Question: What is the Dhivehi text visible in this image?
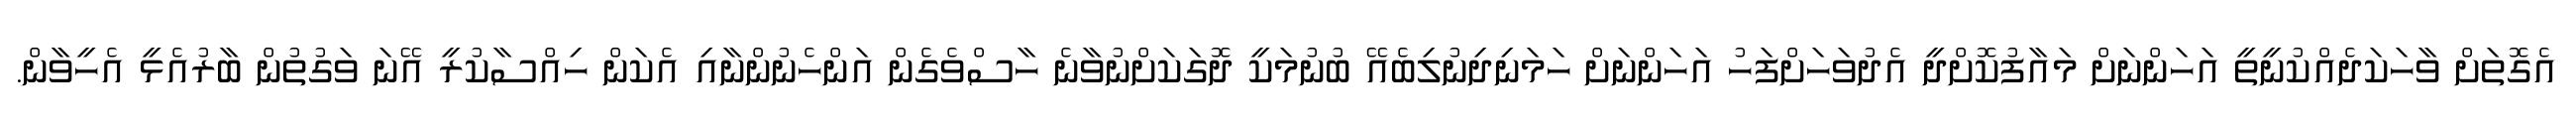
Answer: އެގޮތަށް ވާހަކަދެއްކުނީތީ އަހަންނަށް މައާފުކޮށްދީ އެދުވަހަށްފަހު އަހަންނަށް ހަމަނިދިނުލިބެއޭ ބުނުމަކީ ދޮގަކަށްނުވާނެ ހާސްވެގެން އަންހެނުންނާއި އެކަން ހިއްސާކުރީ އޭނަ ވަގުތުން ބާރުއެޅީ އެހީވާން.